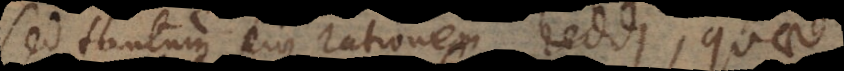
sed tantum ejus rationem reddi, quae